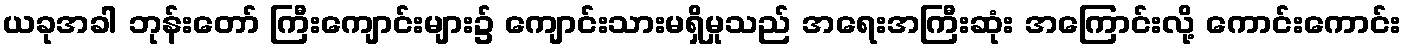
ယခုအခါ ဘုန်းတော် ကြီးကျောင်းများ၌ ကျောင်းသားမရှိမှုသည် အရေးအကြီးဆုံး အကြောင်းလို့ ကောင်းကောင်း